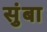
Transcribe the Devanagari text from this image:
सुंबा